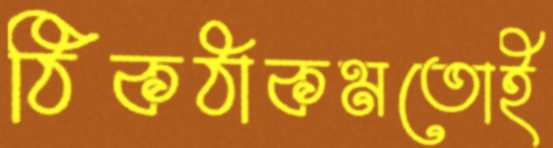
ঠিকঠাকমতোই